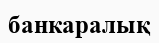
банкаралық